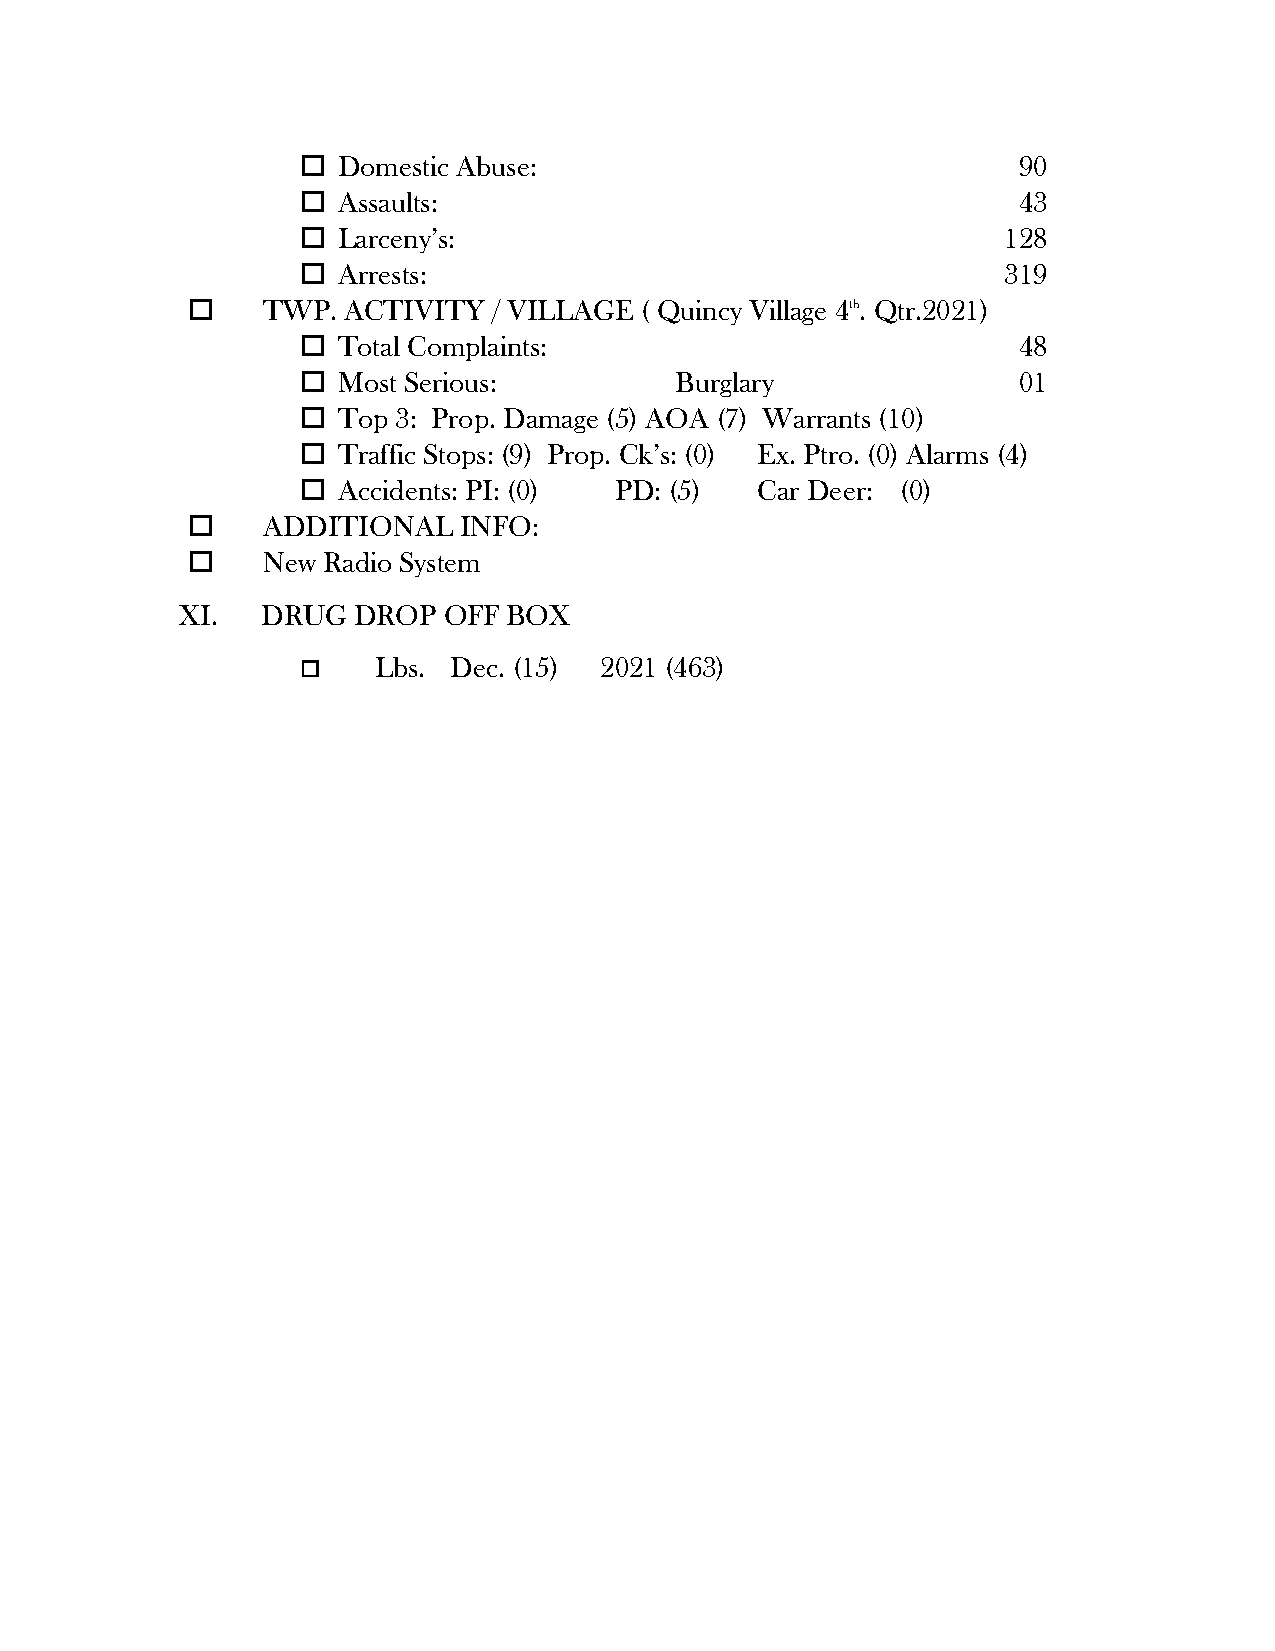
 Domestic Abuse:                              90
  Assaults:                                    43
  Larceny’s:                                  128
  Arrests:                                    319
     TWP.  ACTIVITY  / VILLAGE ( Quincy Village 4th. Qtr.2021)
  Total Complaints:                            48
  Most Serious:          Burglary              01
  Top 3: Prop. Damage (5) AOA (7) Warrants (10)
  Traffic Stops: (9) Prop. Ck’s: (0) Ex. Ptro. (0) Alarms (4)
  Accidents: PI: (0) PD: (5)  Car Deer: (0)
     ADDITIONAL   INFO:
     New Radio System
 XI.  DRUG  DROP  OFF  BOX
     Lbs. Dec. (15) 2021 (463)